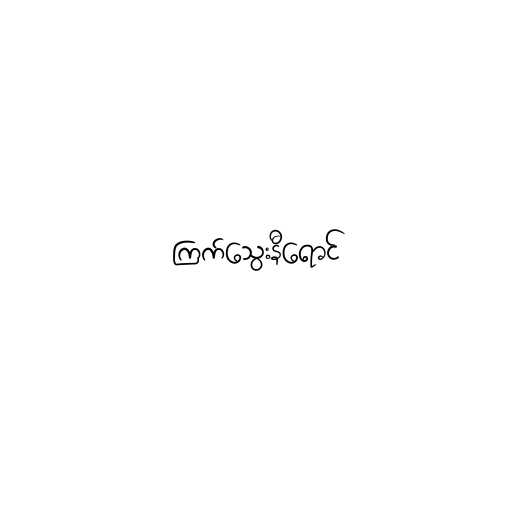
ကြက်သွေးနီရောင်